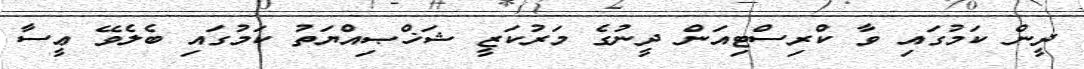
ދީން ކަމުގައި ވާ ކްރިސްޓިއަން ދީނުގެ މަރުކަޒީ ޝަޚްޞިއްޔަތު ކަމުގައި ބެލެވޭ ޢީސާ